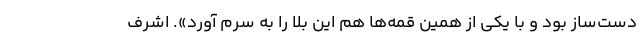
دست‌ساز بود و با یکی از همین قمه‌ها هم این بلا را به سرم آورد». اشرف